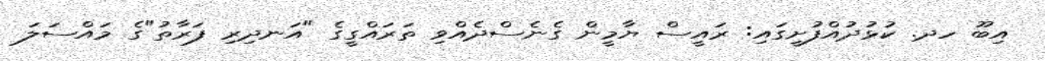
އިބޫ ހދ. ކުޅުދުއްފުށީގައި: ރައީސް ޔާމީން ގެނެސްދެއްވި ތަރައްގީގެ "އަނދިރި ފަރާތު"ގެ މައްސަލަ